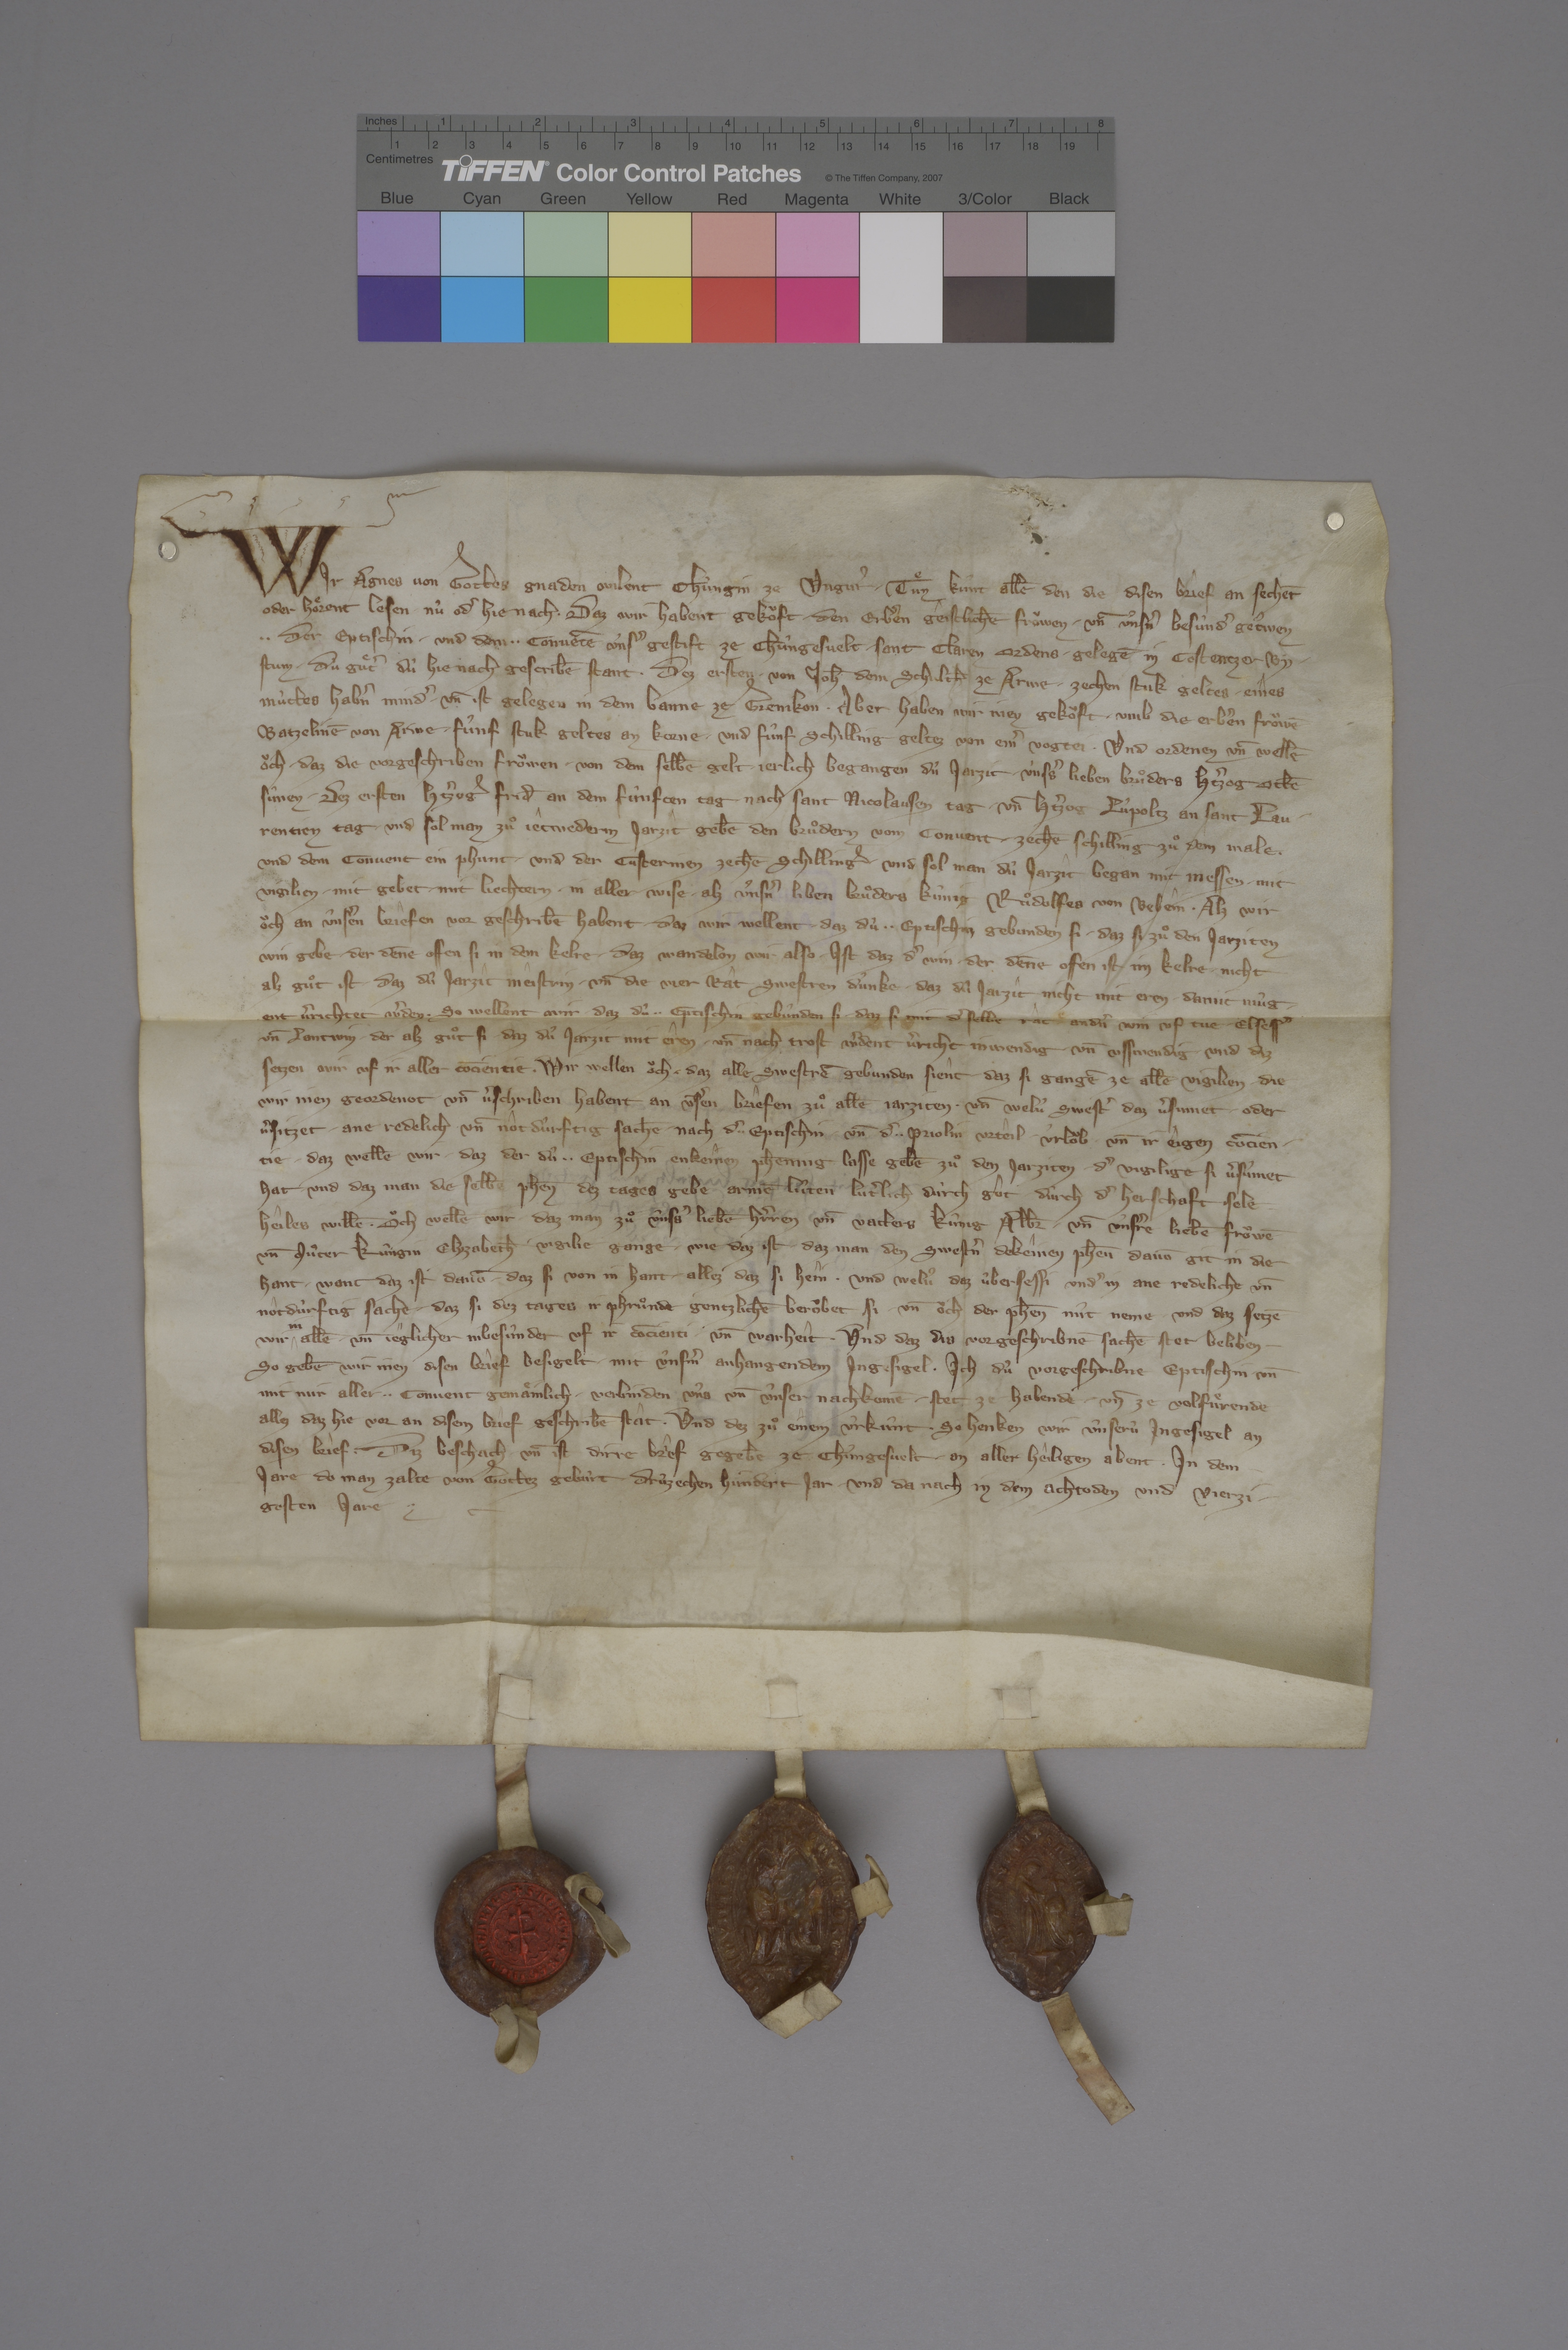
Transcription:
Wir, Agnes, von gottes gnaden wilent chûngin ze Ungurˀ, ✳ tuͤn kûnt allē den, die disen brief an sechēt
oder hoͤrent lesen, ✳ nû odˀ hie nach, ✳ daz wir habent gekoͧft ✳ den erbˀen, geistlichē froͧwen ✳ un̄ ûnsˀn besûndˀ getˀwen,
✳ ✳ der eptischin ✳ und dem ✳ ✳ convēte ûnsˀ gestift ze Chûngesvelt, ✳ Sant Claren ordens, ✳ gelegē in Costentzer by¬
stum, ✳ dù guͤtˀ, dù hie nach gescribē stant: ✳ dez ersten ✳ von Joh̄, dem schulth̄ ze Arwe, ✳ zechen stuk geltes, ✳ eines
mùttes habˀn mindˀ, ✳ un̄ ist gelegen in dem banne ze Grenikon, ✳ aber haben wir inen gekoͧft ✳ umb die erbˀen froͧwē
Batzelinē von Arwe ✳ fûnf stuk geltes an korne ✳ und fûnf schilling geltez von einˀ vogtei, ✳ und ordenen un̄ wellē
oͧch, ✳ daz die vorgeschriben froͧwen ✳ von dem selbē gelt ✳ jerlich begangen dû jarzit ✳ ùnsˀs lieben bruͦders, hˀtzog Ottē,
sûnen, ✳ dez ersten, hˀtzog Frid̄ an dem fûnften tag ✳ nach sant Nicolausen tag, ✳ un̄ hˀtzog Lûpoltz an sant Lau¬
rentien tag. ✳ und sol man zuͦ jetwederm jarzit gebē den bruͦdern vom convent ✳ zechē schilling zuͦ dem male ✳
und dem convent ein phunt ✳ und der custerinen zechē schilling, ✳ und sol man dû jarzit began mit messen, ✳ mit
vigilien, ✳ mit gebet, ✳ mit liechtern, ✳ in aller wise ✳ alz ûnsnˀ liben bruͦders, kûnig Ruͦdolfes von Behein. ✳ alz wir
oͧch an ûnsˀen briefen vor geschribē habent, ✳ daz wir wellent, ✳ daz dû ✳ ✳ eptischin gebunden si, ✳ daz si zuͦ den jarziten
win gebe, ✳ der dēne offen si in dem kelre, ✳ daz wandelon wir also: ✳ ist, daz dˀ win, ✳ der dēne offen ist im kelre, ✳ nicht
alz guͦt ist, ✳ daz dû jarzit meistrin ✳ un̄ die vier rât swestren dûnke, ✳ daz dû jarzit nicht mit eren ✳ damit mûg¬
ent vˀrichtet wˀden, ✳ so wellent wir, ✳ daz dû ✳ ✳ eptischin gebûnden si, ✳ daz si mit dˀselbe râte andˀn win uf tue, ✳ Elsessˀ
un̄ lantwin, ✳ der alz guͦt si, ✳ daz dû jarzit mit êren ✳ un̄ nach trost wˀdent vˀricht inwendig ✳ un̄ usswendig, ✳ und diz
setzen wir uf ir aller cōcientie. ✳ wir wellen oͧch, ✳ daz alle swestrē gebunden sient, ✳ daz si gangē ze allē vigilien, ✳ die
wir inen geordenot ✳ un̄ vˀschriben habent an ūsˀen briefen zuͦ allē jarziten. ✳ un̄ welû swestˀ daz vˀsumet ✳ oder
vˀsitzet ✳ ane redelich un̄ nôt dûrftig sachē ✳ nach dˀ ✳ ✳ eptischin ✳ un̄ dˀ ✳ ✳ priolin urteil, ✳ ûrloͧb ✳ un̄ ir eigen cōcien¬
tie, ✳ daz wellē wir, ✳ daz der dù ✳ ✳ eptischin enkeinen ph̄ening lasse gebē zuͦ den jarziten, ✳ dˀ vigilige si vˀsûmet
hat, ✳ und daz man die selbē ph̄en dez tages gebe armē lûten lutˀlich dùrch got, ✳ dûrch dˀ herschaft selē¬
heiles willē. ✳ oͧch wellē wir ✳ daz man zuͦ ûnsˀs liebē hˀrren un̄ vatters kûnig Albr̄✳ un̄ ûnsˀre liebē froͧwē
un̄ muͦter kûngin Elyzabeth̄ vigilie gange, ✳ wie daz ist, ✳ daz man den swestˀn dekeinen ph̄en davō git in die ✳
hant, ✳ want daz ist davō, ✳ daz si von in hant ✳ allez, daz si hein, ✳ und welû daz ûbersessi undˀ in ane redeliche un̄
nôtdùrftig sache, ✳ daz si dez tages ir phruͦnde gentzlichē beroͧbet si, ✳ un̄ oͧch der ph̄en nût neme, ✳ und daz setzē
wir
in
allē ✳ un̄ jeglicher inbesûnder uf ir cōcienti ✳ un̄ warheit ✳ und daz dis vorgeschribnē sachē stet beliben, ✳
so gebē wir inen disen brief, besigelt ✳ mit ûnsˀm anhangendem ingesigel. ✳ ich, dû vorgeschribne eptischin, ✳ un̄
mit mir aller ✳ ✳ convent gemaͤinlich, ✳ verbinden ûns un̄ ûnser nachkomē, ✳ stet ze habende ✳ un̄ ze volfuͤrende
allez, daz hie vor an disem brief geschribē stat. ✳ und dez zuͦ einem ûrkûnt, ✳ so henken wir ûnserû ingesigel an
disen brief. ✳ diz beschach ✳ un̄ ist dirre brief gegeb̄e ze Chûngesvelt ✳ an aller heiligen abent, ✳ in dem
jare, do man zalte von gottez gebûrt ✳ drûzechen hùndert jar, ✳ und da nach in dem achtoden und vierzi¬
gesten jare. ✳